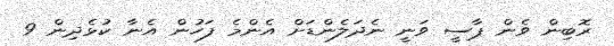
ރޮބިން ވެން ޕާސީ ވަނީ ނެދަލެންޑަށް އެންމެ ފަހުން އެނާ ކުޅެދިން 9